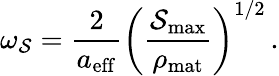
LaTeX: \omega_{\mathcal{S}}=\frac{2}{a_{\mathrm{eff}}}\left(\frac{\mathcal{S}_{\mathrm{max}}}{\rho_{\mathrm{mat}}}\right)^{1/2}\, .